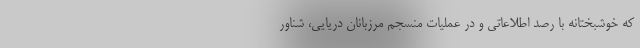
که خوشبختانه با رصد اطلاعاتی و در عملیات منسجم مرزبانان دریایی، شناور